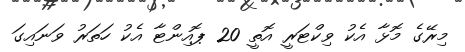
މިރޭގެ މޮޅާ އެކު ވިކްޓަރީ އޮތީ 20 ޕޮއިންޓާ އެކު ހަތަރު ވަނައިގަ